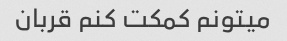
میتونم کمکت کنم قربان